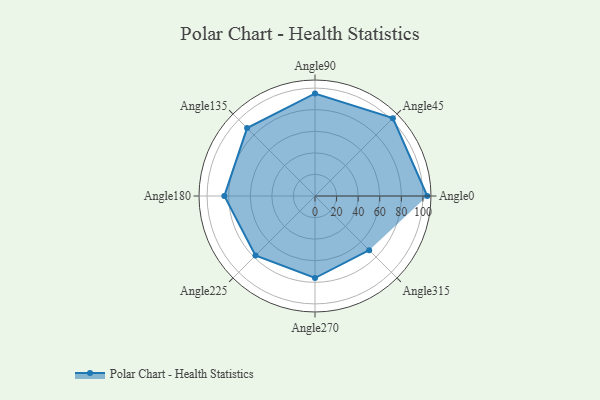
{"axis": {"x": "Angle", "y": "Radius"}, "legend": [""], "data": [{"x": "Angle0", "y": 104.0, "type": ""}, {"x": "Angle45", "y": 102.0, "type": ""}, {"x": "Angle90", "y": 95.0, "type": ""}, {"x": "Angle135", "y": 89.0, "type": ""}, {"x": "Angle180", "y": 84.0, "type": ""}, {"x": "Angle225", "y": 78.0, "type": ""}, {"x": "Angle270", "y": 76.0, "type": ""}, {"x": "Angle315", "y": 71.0, "type": ""}]}